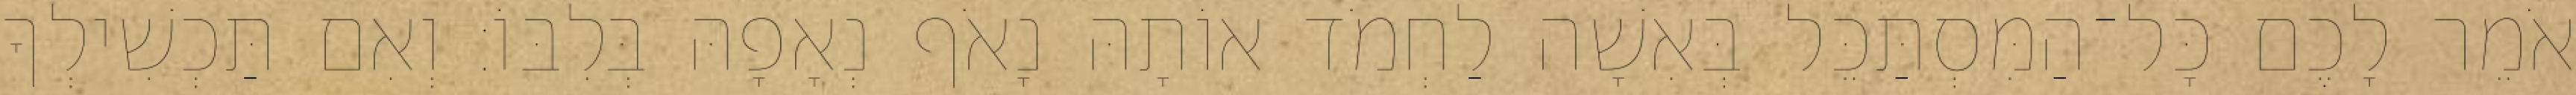
אֹמֵר לָכֶם כָּל־הַמִּסְתַּכֵּל בְּאִשָׁה לַחְמֹד אוֹתָהּ נָאֹף נְאָפָהּ בְּלִבּוֹ׃ וְאִם תַּכְשִׁילְךָ